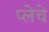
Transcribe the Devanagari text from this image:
प्लेचे